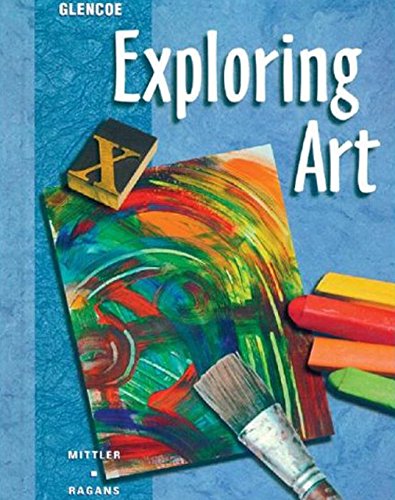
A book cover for Exploring Art Student Edition; Rosalind Ragans; Teen & Young Adult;